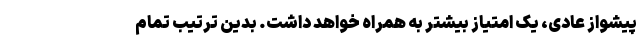
پیشواز عادی، یک امتیاز بیشتر به همراه خواهد داشت. بدین ترتیب تمام